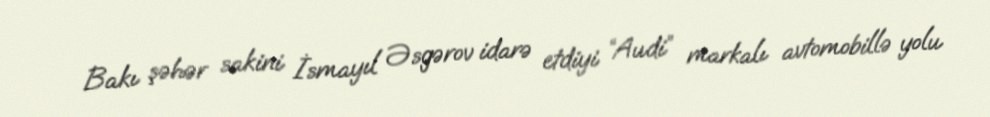
Bakı şəhər sakini İsmayıl Əsgərov idarə etdiyi “Audi” markalı avtomobillə yolu